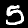
Digit: 5